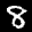
Label: 8